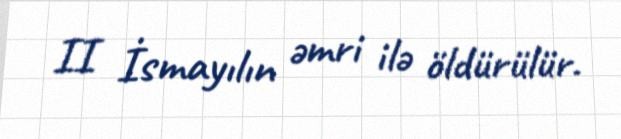
II İsmayılın əmri ilə öldürülür.